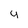
Character: u